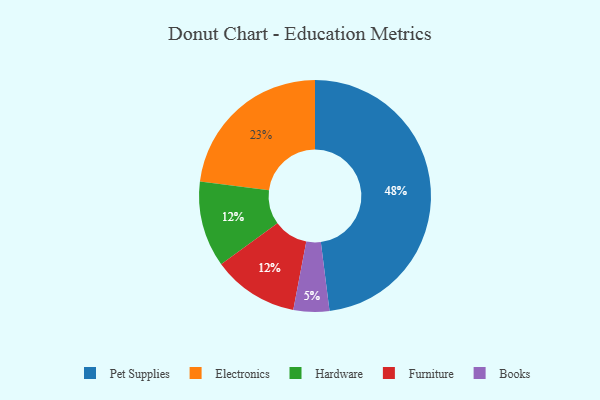
{"axis": {"x": "Category", "y": "Percentage"}, "legend": ["Books", "Electronics", "Furniture", "Hardware", "Pet Supplies"], "data": [{"x": "Electronics", "y": 23, "type": "Electronics"}, {"x": "Hardware", "y": 12, "type": "Hardware"}, {"x": "Books", "y": 5, "type": "Books"}, {"x": "Pet Supplies", "y": 48, "type": "Pet Supplies"}, {"x": "Furniture", "y": 12, "type": "Furniture"}]}